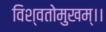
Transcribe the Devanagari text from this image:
विश्वतोमुखम्‌।।